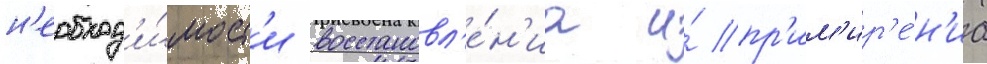
н'еобход'и́мост'и восстановл'е́н'иа и́ пр'им'ир'е́н'иа